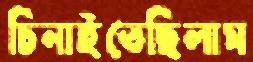
চিনাইতেছিলাম